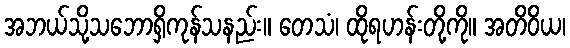
အဘယ်သို့သဘောရှိကုန်သနည်း။ တေသံ၊ ထိုရဟန်းတို့ကို။ အတိဝိယ၊